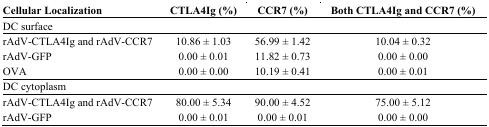
<table><thead><tr><td><b>Cellular Localization</b></td><td><b>CTLA4Ig (%)</b></td><td><b>CCR7 (%)</b></td><td><b>Both CTLA4Ig and CCR7 (%)</b></td></tr></thead><tbody><tr><td colspan="4">DC surface</td></tr><tr><td>rAdV-CTLA4Ig and rAdV-CCR7</td><td>10.86 ± 1.03</td><td>56.99 ± 1.42</td><td>10.04 ± 0.32</td></tr><tr><td>rAdV-GFP</td><td>0.00 ± 0.01</td><td>11.82 ± 0.73</td><td>0.00 ± 0.00</td></tr><tr><td>OVA</td><td>0.00 ± 0.00</td><td>10.19 ± 0.41</td><td>0.00 ± 0.01</td></tr><tr><td colspan="4">DC cytoplasm</td></tr><tr><td>rAdV-CTLA4Ig and rAdV-CCR7</td><td>80.00 ± 5.34</td><td>90.00 ± 4.52</td><td>75.00 ± 5.12</td></tr><tr><td>rAdV-GFP</td><td>0.00 ± 0.01</td><td>0.00 ± 0.01</td><td>0.00 ± 0.00</td></tr></tbody></table>